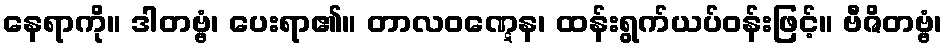
နေရာကို။ ဒါတဗ္ဗံ၊ ပေးရာ၏။ တာလဝဏ္ဋေန၊ ထန်းရွက်ယပ်ဝန်းဖြင့်။ ဗီဇိတဗ္ဗံ၊